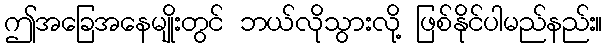
ဤအခြေအနေမျိုးတွင် ဘယ်လိုသွားလို့ ဖြစ်နိုင်ပါမည်နည်း။